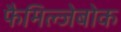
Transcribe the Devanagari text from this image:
फैमिल्जेबोक